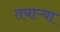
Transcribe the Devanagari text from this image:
तयाऱ्या